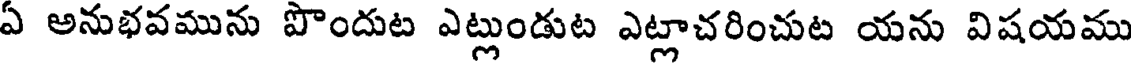
ఏ అనుభవమును పొందుట ఎట్లుండుట ఎట్లాచరించుట యను విషయము